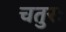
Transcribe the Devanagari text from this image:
चतुरः